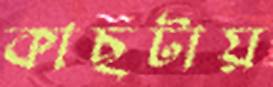
কাছটায়